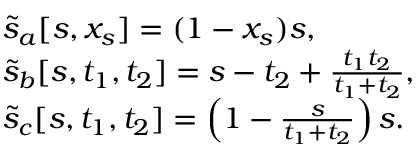
\begin{array} { r l r } & { \tilde { s } _ { a } [ s , x _ { s } ] = ( 1 - x _ { s } ) s , } & \\ & { \tilde { s } _ { b } [ s , t _ { 1 } , t _ { 2 } ] = s - t _ { 2 } + \frac { t _ { 1 } t _ { 2 } } { t _ { 1 } + t _ { 2 } } , } & \\ & { \tilde { s } _ { c } [ s , t _ { 1 } , t _ { 2 } ] = \left( 1 - \frac { s } { t _ { 1 } + t _ { 2 } } \right) s . } & \end{array}